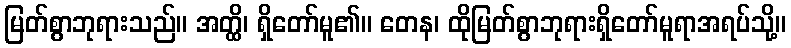
မြတ်စွာဘုရားသည်။ အတ္ထိ၊ ရှိတော်မူ၏။ တေန၊ ထိုမြတ်စွာဘုရားရှိတော်မူရာအရပ်သို့။